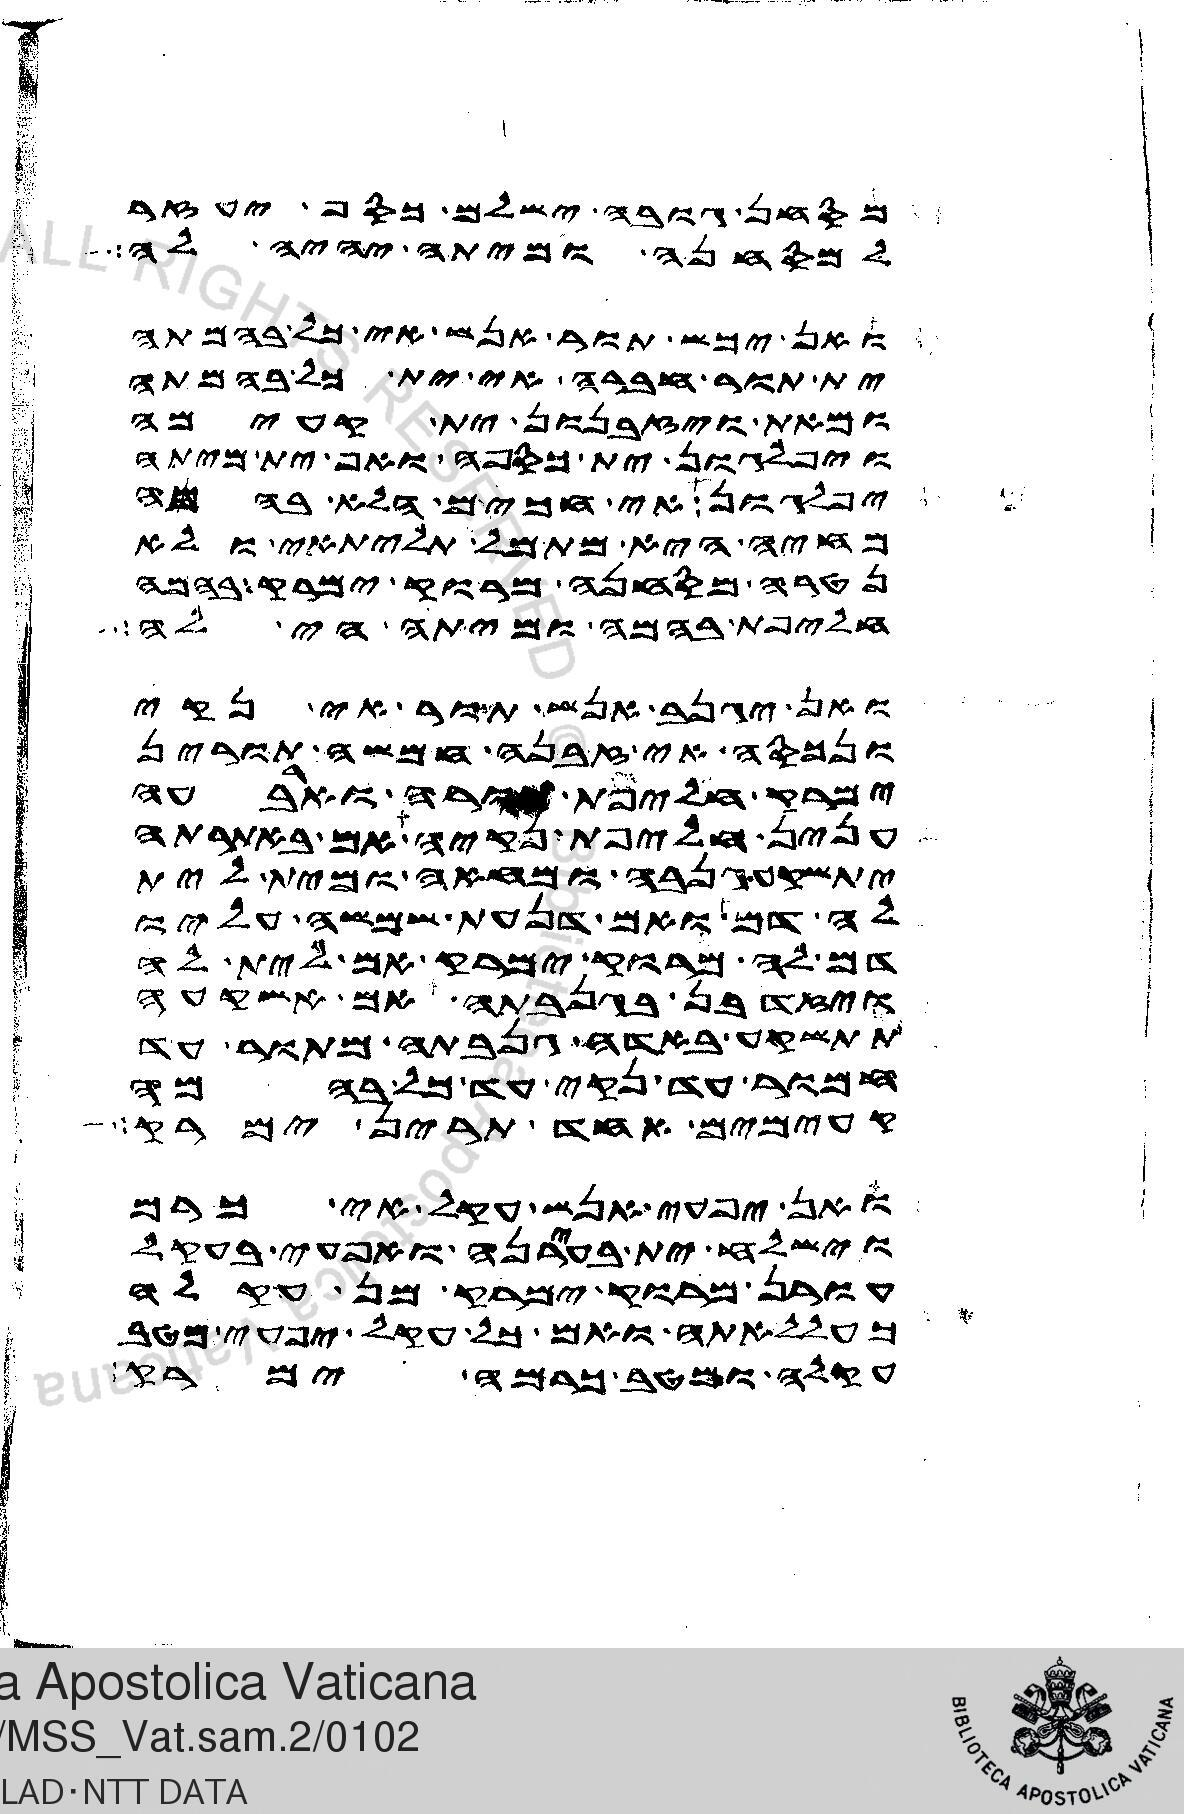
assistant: מסחן גובה ישלם כסף יעזר
למסחנה ומיתה יהיה לה
ואן יכש תור אנש אי כל בהמתה
ית תור חברה אי ית כל בהמתה
ומאת ויזבנון ית קעימה
ויפלגון ית כספה ואף ית מיתה
יפלגון אי חכים הלא בהמה
מחיה היא מתמל תליתאי ולא
נטרה מסחנה מרוק ימרק בהמה
חליפת בהמה ומיתה הי לה
ואן יגנב אנש תור אי נקי
ונכסה אי זבנה חמשה תורין
ימרק חליפת תורה וארבעה
ענין חליפת נקיה אם באתרתה
יתשקע גנבה ומחאה ומית לית
לה דם ואם דנעת שמשה עליו
דם לה מרוק ימרק אם לית לה
ויזדבן בגנבתה אם אשקעה
תתשקע באדה גנבתה מתור עד
חמור עד נקי עד כל בהמה
קעימים אחד תרין ימרק
ואן יפעי אנש עקל אי כרם
וישלח ית בעירנה ואפעי בעקל
עורן מרוק ימרק מן עקלה
כעללאתה ואם כל עקל יפעי מטב
עקלה ומטב כרמה ימרק